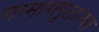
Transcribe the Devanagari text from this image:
गम्माग्लुताम्य्ल